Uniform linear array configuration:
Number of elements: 24
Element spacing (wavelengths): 1
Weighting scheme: kaiser
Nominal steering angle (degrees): -60
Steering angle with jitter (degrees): -61.121
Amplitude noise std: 0.05
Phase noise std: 0.05

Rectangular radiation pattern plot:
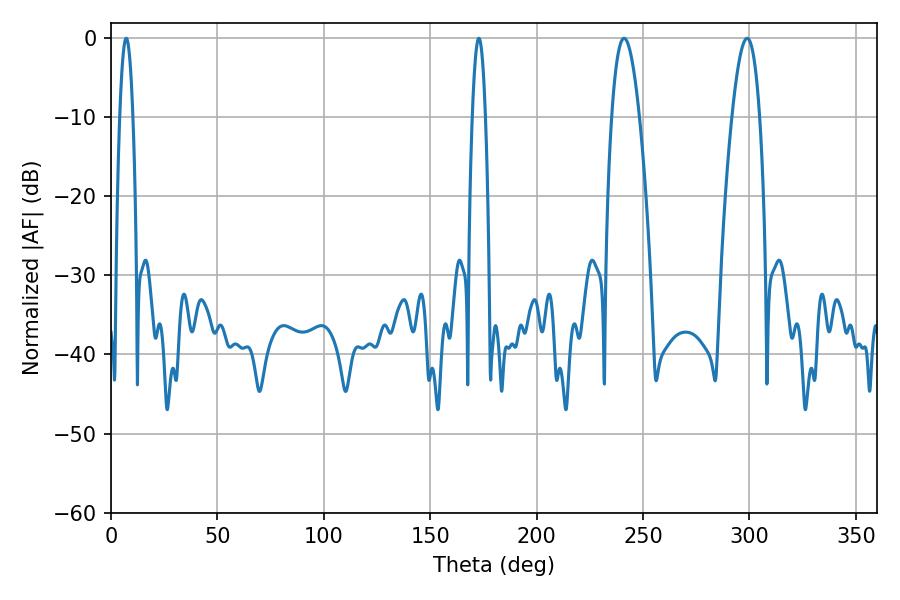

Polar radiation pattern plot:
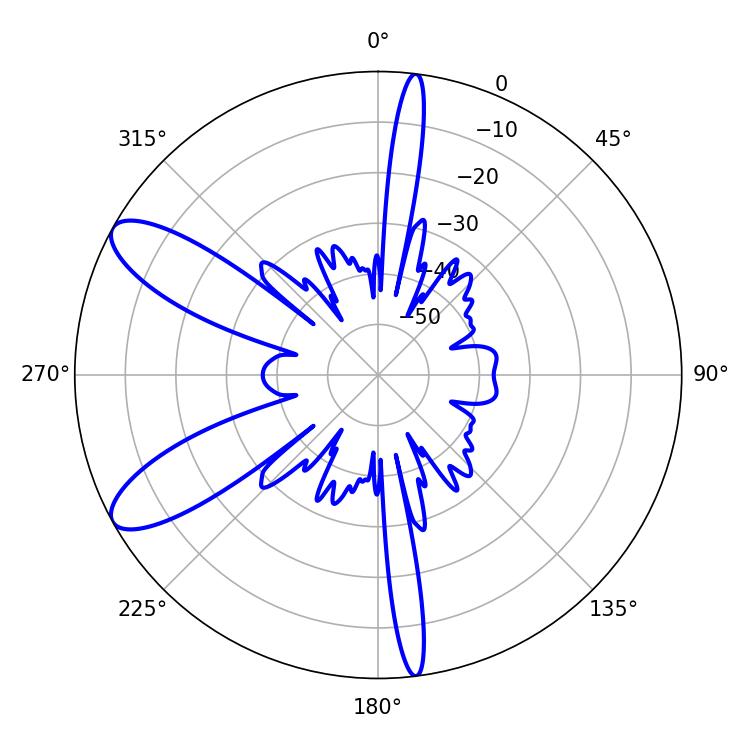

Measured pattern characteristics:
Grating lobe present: TRUE
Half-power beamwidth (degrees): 7.02
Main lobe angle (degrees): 241.02